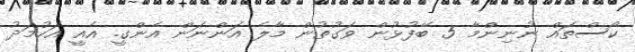
ކޯސްތައް ނުނިންމާ 5 ބޭފުޅުން ވަގުތުން މާލެ އަންނަން އެންގީ. އެއީ އަހުމަދު